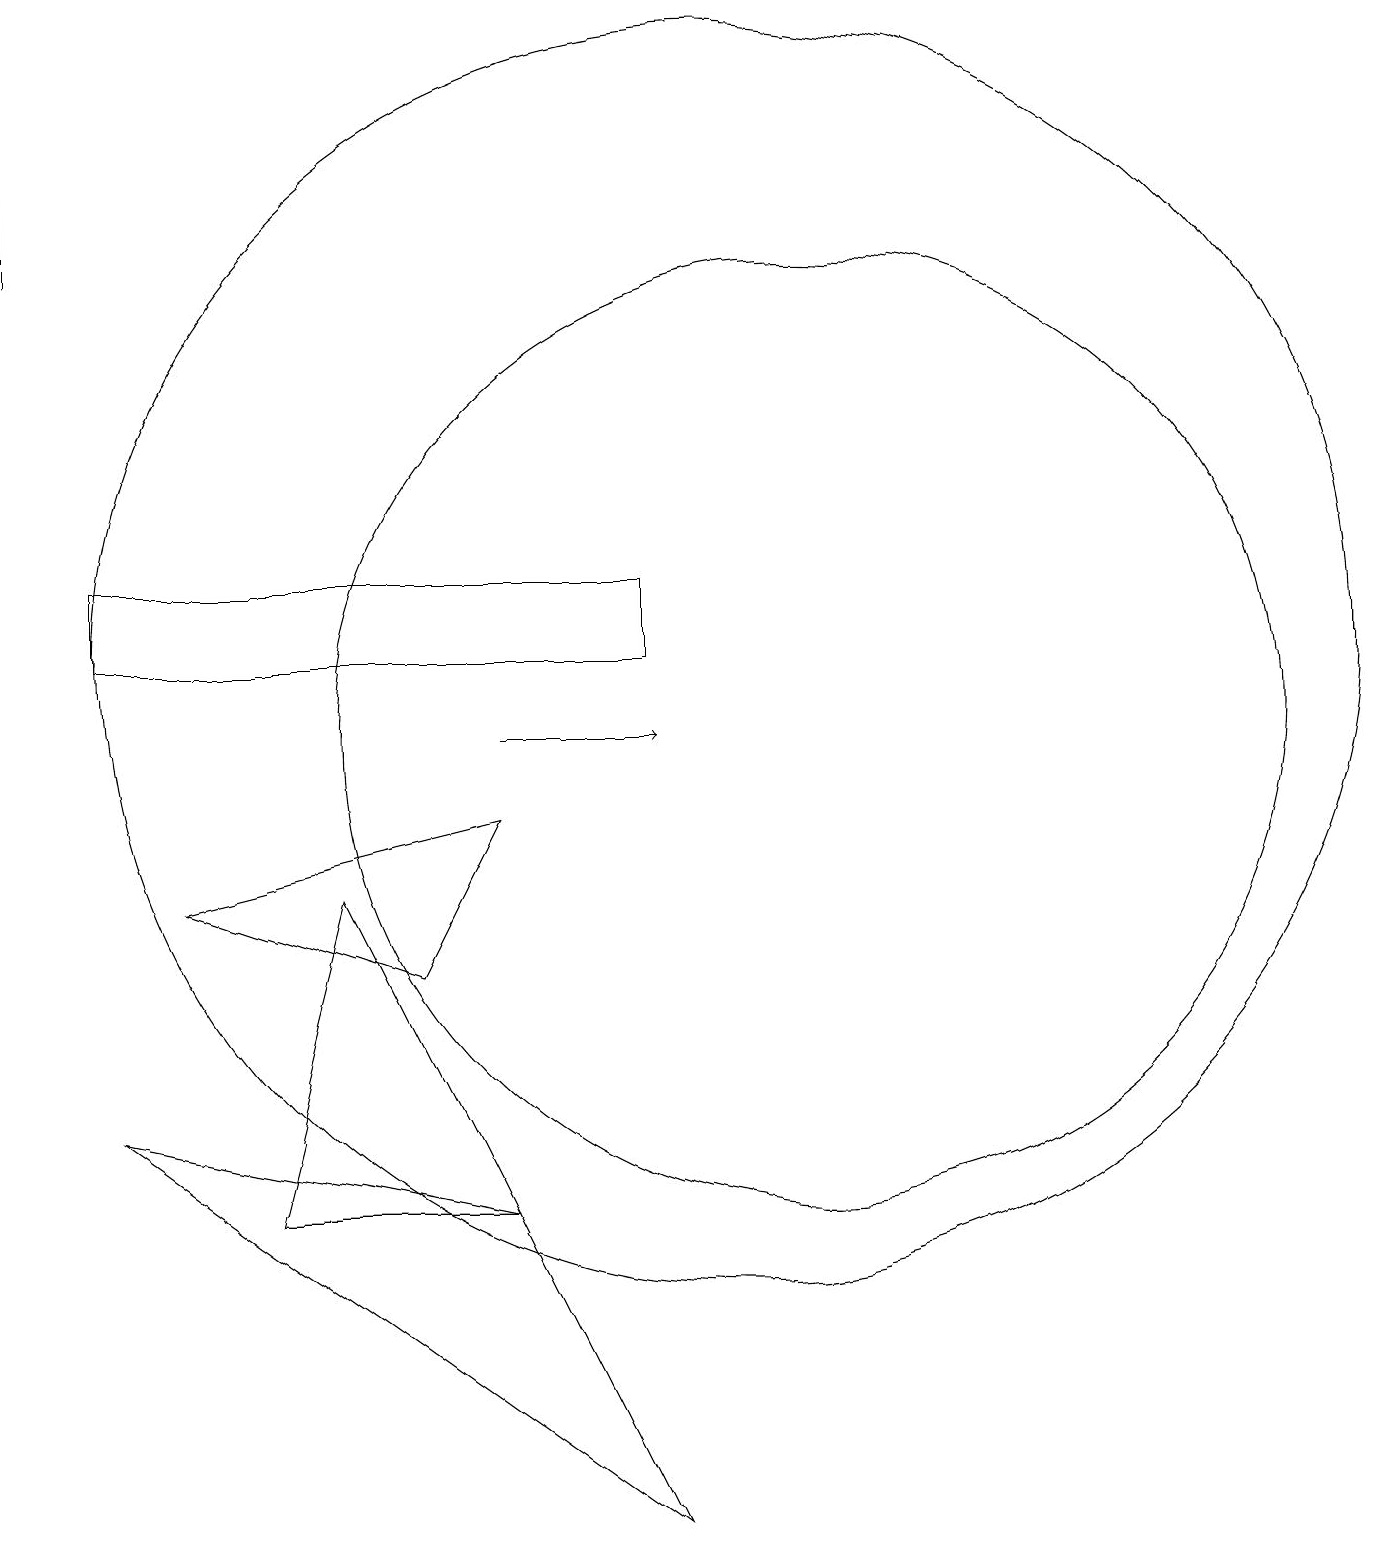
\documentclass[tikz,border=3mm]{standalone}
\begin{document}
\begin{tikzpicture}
\draw (6,7) -- (7,9) -- (3,8) -- cycle;
\draw (9,0) -- (2,5) -- (7,4) -- cycle;
\draw (10,11) circle (8);
\draw (11,10) circle (6);
\draw (9,12) rectangle (2,11);
\draw (5,8) -- (4,4) -- (7,4) -- cycle;
\draw (1,18) rectangle (1,16);
\draw[->] (7,10) -- (9,10);
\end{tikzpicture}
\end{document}